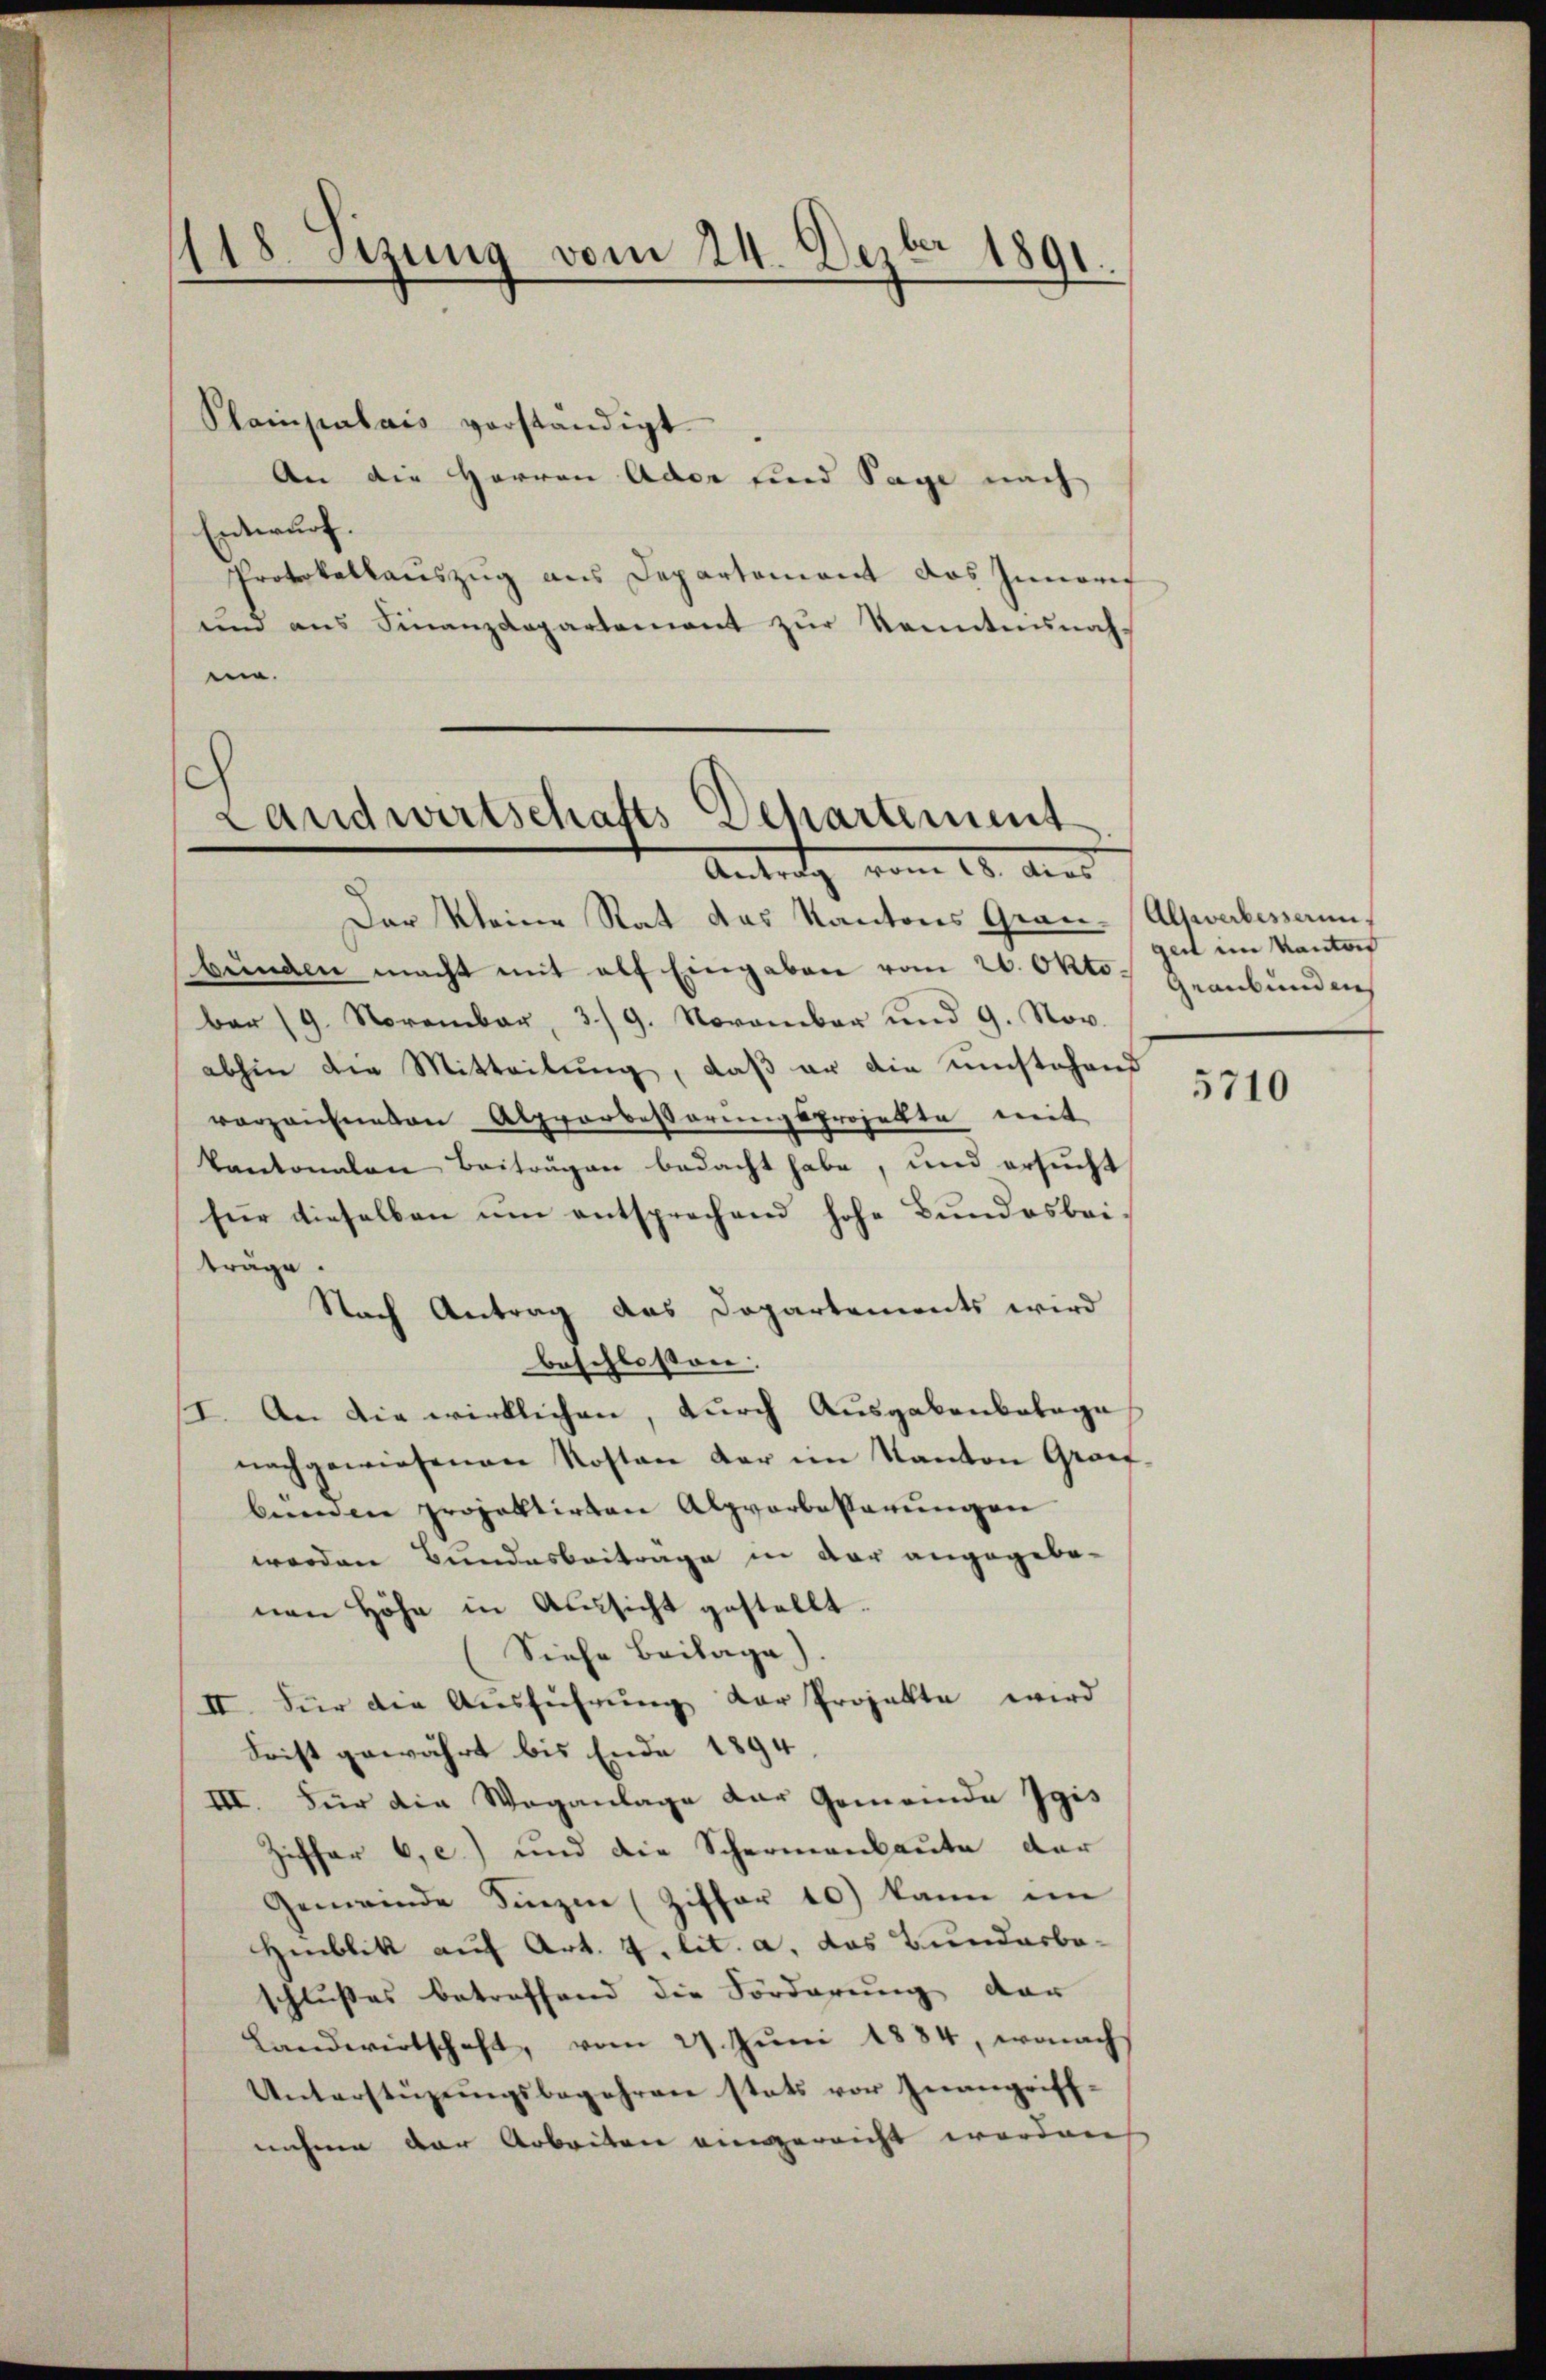
118. Setzung vom 24. Dezbr 1891.

Plampalais verständigt.
An die Herren Ader und Sage nach
Entwurf.
Protokollauszug aus Departement das Innerif
und ans Finanzdepartement zŭr Kenntnisnahm.

Landwirtschafts-Departement
Antrag vom 18. Aus

Der Kleine Rat das Kantons Grau-Altwerbessenbunden macht mit als Eingaben vom 26. Okto
bar (9. November, 3./9. November und 9. Nov.
abhin die Mitteilung, daß er die umstehend
vorzeichneten Alpporbesserungsprojekte mit
kantonalen Beiträgen bedacht habe, und ersucht
für dieselben um entsprechend hohe Bundesbeiträge.
Nach Antrag das Dopartements wird
beschlossen:
I. An die wirklichen, durch Ausgabenbelage
nachgewiesenen Kosten der im Kanton Graf-
bunden projektirten Alpvorbesserungen
werden Bundesbeitrage in der angegebe-
nen Höhe in Aussicht gestellt.
Siehe Beilage)
II. Für die Ausführŭng der Projekte wird
Frist gewährt bis Ende 1894
III. Für die Weganlage der Gemeinde Jgis
Ziffer 6. e) und die Schermanbaŭte der
Gemeinde Sinzen (Ziffer 10) kann im
Hinblik auf Art. 4. lit. a. das Bundarbo-
schlußes betreffend die Forderung der
Landwirtschaft, vom 27. Jŭni 1884, wonach
Unterstüzungsbegehren stets vor Inangriff-
nahme der Arbeiten eingereicht worden

geit im Kanton
Graubünden

5710